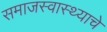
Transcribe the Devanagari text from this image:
समाजस्वास्थ्याचे